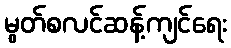
မွတ်စလင်ဆန့်ကျင်ရေး